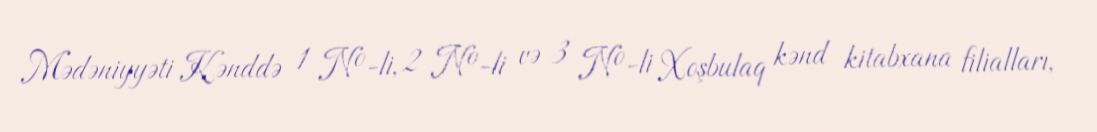
Mədəniyyəti Kənddə 1 №-li, 2 №-li və 3 №-li Xoşbulaq kənd kitabxana filialları,